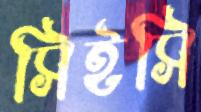
সিইসি